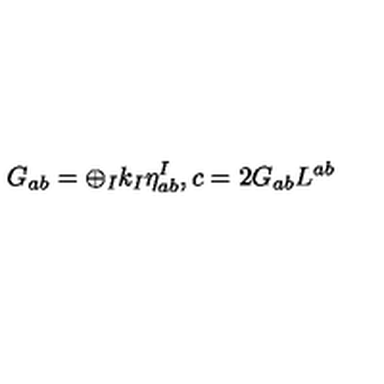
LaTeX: G _ { a b } = \oplus _ { I } k _ { I } \eta _ { a b } ^ { I } , c = 2 G _ { a b } L ^ { a b }